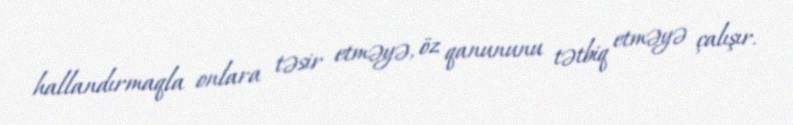
hallandırmaqla onlara təsir etməyə, öz qanununu tətbiq etməyə çalışır.